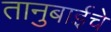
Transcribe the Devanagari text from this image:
तानुबाईचे